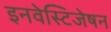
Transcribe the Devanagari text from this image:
इनवेस्टिजेषन